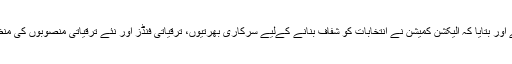
سپریم کورٹ کراچی رجسٹری میں الیکشن کمشنر سندھ یوسف خٹک پیش ہوئے اور بتایا کہ الیکشن کمیشن نے انتخابات کو شفاف بنانے کےلیے سرکاری بھرتیوں، ترقیاتی فنڈز اور نئے ترقیاتی منصوبوں کی منظوری پر پابندی عائد کی تھی جسے اسلام آباد ہائیکورٹ نے معطل کر دیا تھا۔